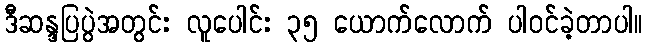
ဒီဆန္ဒပြပွဲအတွင်း လူပေါင်း ၃၅ ယောက်လောက် ပါဝင်ခဲ့တာပါ။